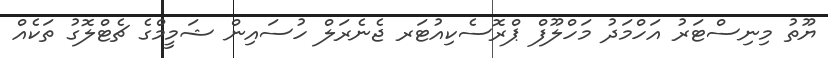
ޔޫތު މިނިސްޓަރު އަހްމަދު މަހްލޫފް ޕްރޮސެކިއުޓަރ ޖެނެރަލް ހުސައިން ޝަމީމްގެ ޗެޓްލޮގު ތަކެއް